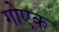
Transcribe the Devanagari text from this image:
गोएक